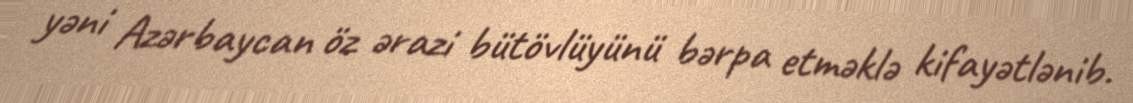
yəni Azərbaycan öz ərazi bütövlüyünü bərpa etməklə kifayətlənib.